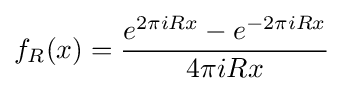
f_{R}(x)={\frac {e^{2\pi iRx}-e^{-2\pi iRx}}{4\pi iRx}}